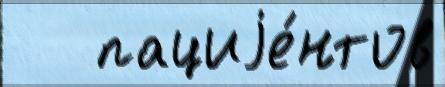
   пациjе́нтов